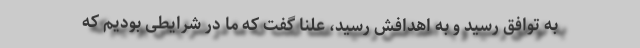
به توافق رسید و به اهدافش رسید، علناً گفت که ما در شرایطی بودیم که